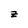
Character: z